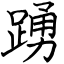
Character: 踴